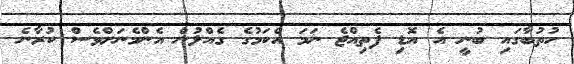
ހުތުބާގައި ބުނީ އެ އޮޑި ފެތިއްޖެ ނަމަ އެކަމުގެ ގެއްލުން އެންމެނަށްވެސް ކުރާނެ